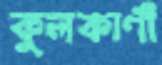
কুলকার্ণী